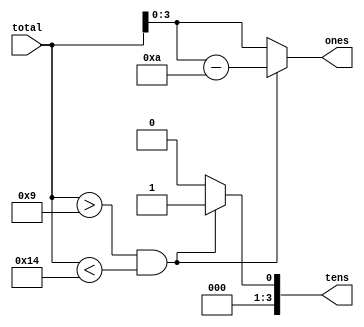
`timescale 1ns / 1ps

module place_check(input [7:0] total, output reg [3:0] ones, tens);

integer holder;

always @ (*)
    begin
     
        if ((total > 9) && (total < 20))
        begin
            tens = 1; ones = total - 10;
        end
     
        else
        begin
            tens = 0; ones = total;
        end
    end
endmodule